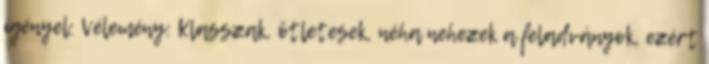
igényel: Vélemény: Klasszak, ötletesek, néha nehezek a feladványok, ezért